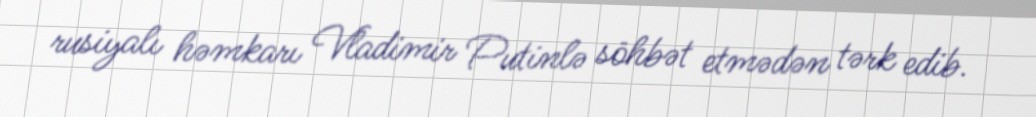
rusiyalı həmkarı Vladimir Putinlə söhbət etmədən tərk edib.